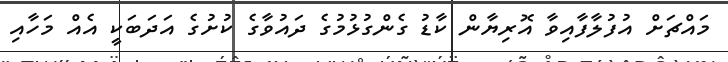
މައްޗަށް އުފުލާފާއިވާ އޮރިޔާން ކާޑު ގެންގުޅުމުގެ ދައުވާގެ ކުށުގެ އަދަބަކީ އެއް މަހާއި